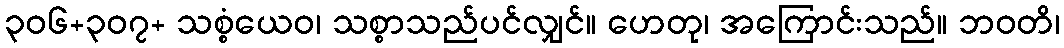
၃၀၆+၃၀၇+ သစ္စံယေဝ၊ သစ္စာသည်ပင်လျှင်။ ဟေတု၊ အကြောင်းသည်။ ဘဝတိ၊